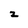
Character: z